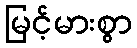
မြင့်မားစွာ